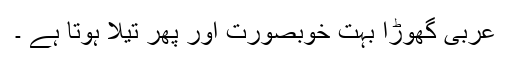
عربی گھوڑا بہت خوبصورت اور پھر تیلا ہوتا ہے ۔